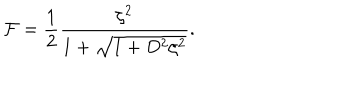
{ \cal F } = { \frac { 1 } { 2 } } { \frac { \zeta ^ { 2 } } { 1 + \sqrt { 1 + D ^ { 2 } \zeta ^ { 2 } } } } .